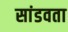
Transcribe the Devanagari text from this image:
सांडवता